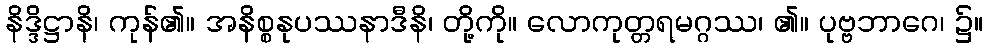
နိဒ္ဒိဋ္ဌာနိ၊ ကုန်၏။ အနိစ္စနုပဿနာဒီနိ၊ တို့ကို။ လောကုတ္တရမဂ္ဂဿ၊ ၏။ ပုဗ္ဗဘာဂေ၊ ၌။